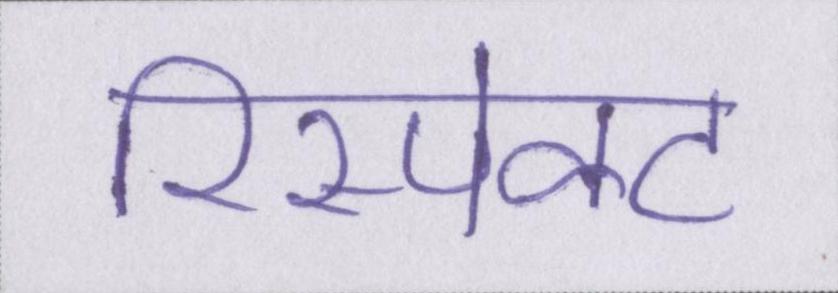
रिस्पेक्ट